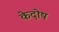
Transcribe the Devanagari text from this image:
केदोष